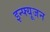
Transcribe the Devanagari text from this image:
इन्फ्यूजन